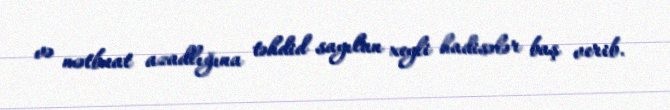
və mətbuat azadlığına təhdid sayılan xeyli hadisələr baş verib.